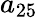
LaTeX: a_{25}